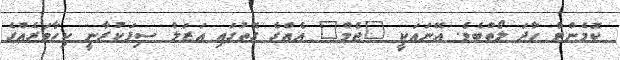
ކޮމެންޓް ހާދަ ލޯތްބެވެ. އޭނައަކީ "ޖެމް" އެއްގެ ގޮތުގައި އަޒަލް ސިފަކުރާނީ ކިހާވަރެއްގެ